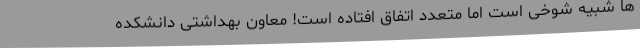
ها شبیه شوخی است اما متعدد اتفاق افتاده است! معاون بهداشتی دانشکده